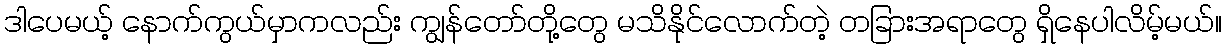
ဒါပေမယ့် နောက်ကွယ်မှာကလည်း ကျွန်တော်တို့တွေ မသိနိုင်လောက်တဲ့ တခြားအရာတွေ ရှိနေပါလိမ့်မယ်။